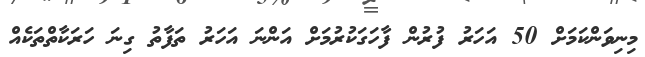
މިނިވަންކަމަށް 50 އަހަރު ފުރުން ފާހަގަކުރުމަށް އަންނަ އަހަރު ތަފާތު ގިނަ ހަރަކާތްތަކެއް